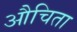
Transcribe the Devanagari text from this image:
औचिता